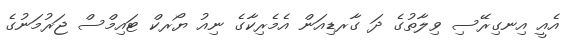
އެއީ އިނގިރޭސި ވިލާތުގެ ދަ ގާރޑިއަން އެމެރިކާގެ ނިއު ޔޯރކް ޓައިމްސް ޖަރުމަނުގެ